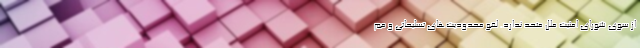
از سوی شورای امنیت ملل متحد ندارد. لغو محدودیت­‌های تسلیحاتی و مم